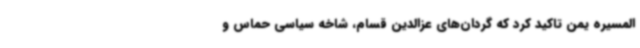
المسیره یمن تاکید کرد که گردان‌های عزالدین قسام، شاخه سیاسی حماس و